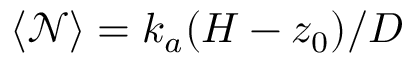
\langle \mathcal { N } \rangle = k _ { a } ( H - z _ { 0 } ) / D